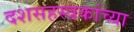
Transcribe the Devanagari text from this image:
दशसहस्त्रकांच्या